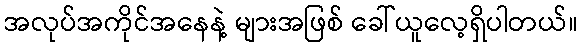
အလုပ်အကိုင်အနေနဲ့ များအဖြစ် ခေါ်ယူလေ့ရှိပါတယ်။